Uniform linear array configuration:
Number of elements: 16
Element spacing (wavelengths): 0.25
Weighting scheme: hamming
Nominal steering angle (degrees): -30
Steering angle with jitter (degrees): -28.691
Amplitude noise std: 0.05
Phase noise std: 0.05

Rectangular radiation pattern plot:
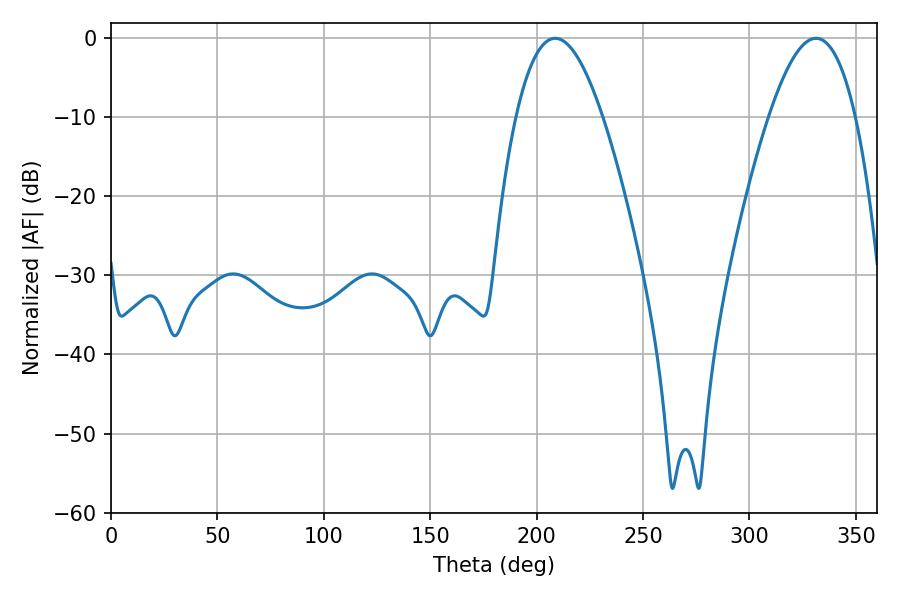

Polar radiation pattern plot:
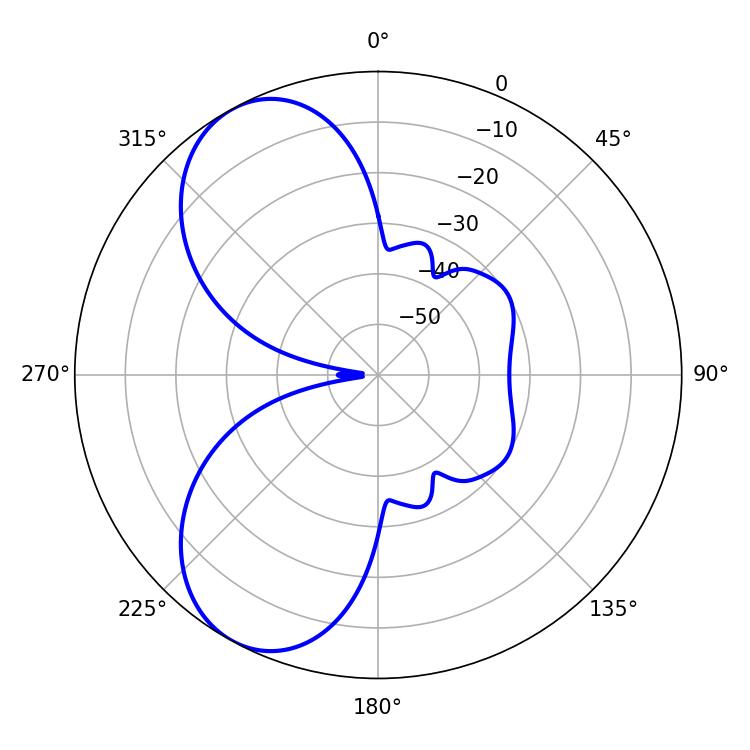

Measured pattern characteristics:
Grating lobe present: FALSE
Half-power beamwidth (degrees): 22.32
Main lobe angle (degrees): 208.8